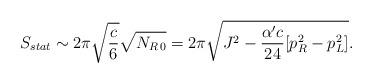
LaTeX: \begin{align*}S_{stat}\sim 2\pi\sqrt{c\over 6}\sqrt{N_{R\,0}}=2\pi\sqrt{J^2-{{\alpha^{\prime}c}\over {24}}[p^2_R-p^2_L]}. \end{align*}